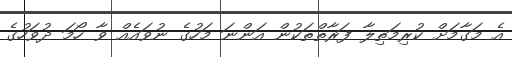
އެ މަގާމަށް ކުރިމަތިލާ ފަރާތްތަކުން އަންނަ މަހުގެ ނުވައެއް ވާ ހޯމަ ދުވަހުގެ